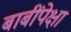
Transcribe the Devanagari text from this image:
बाबींपेक्षा